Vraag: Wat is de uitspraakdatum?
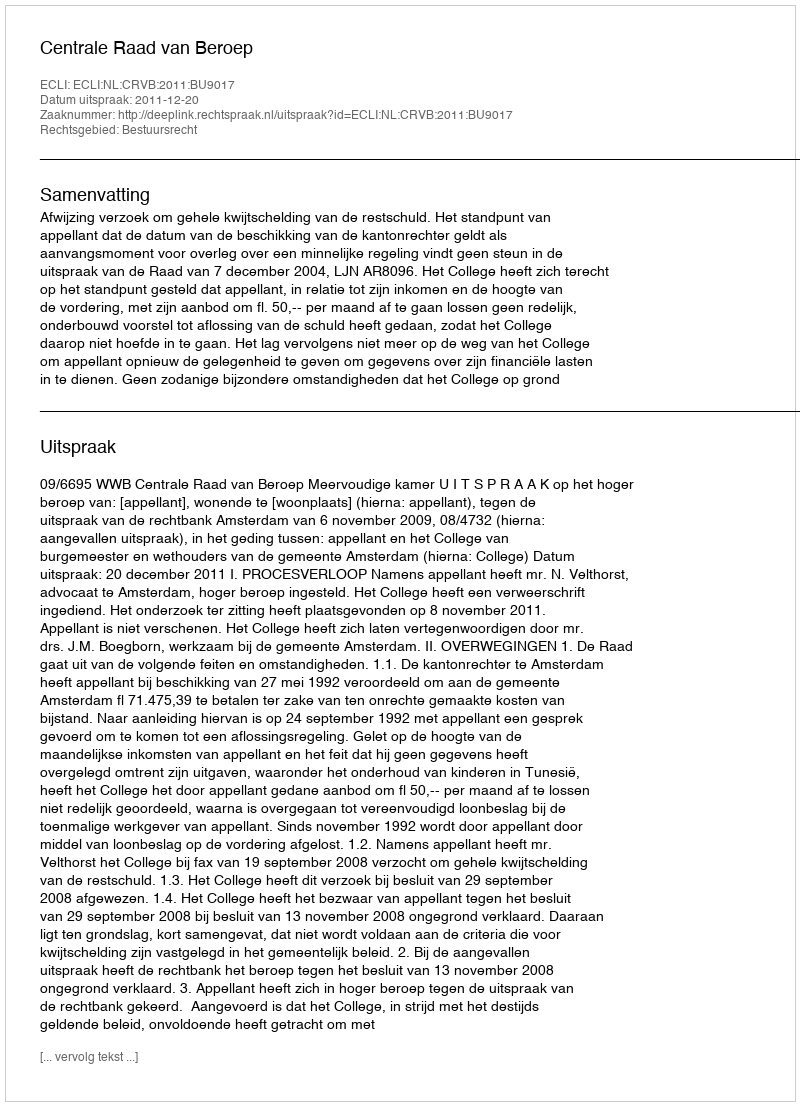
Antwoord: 2011-12-20